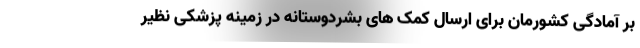
بر آمادگی کشورمان برای ارسال کمک های بشردوستانه در زمینه پزشکی نظیر